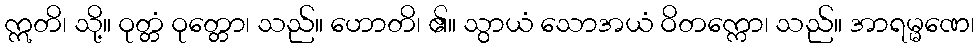
ဣတိ၊ သို့။ ဝုတ္တံ ဝုတ္တော၊ သည်။ ဟောတိ၊ ၏။ သွာယံ သောအယံ ဝိတက္ကော၊ သည်။ အာရမ္မဏေ၊